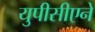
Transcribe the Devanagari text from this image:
युपीसीएने